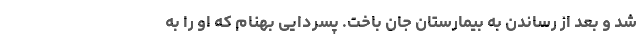
شد و بعد از رساندن به بیمارستان جان باخت. پسردایی بهنام که او را به